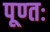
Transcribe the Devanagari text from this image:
पूण्तः